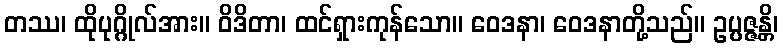
တဿ၊ ထိုပုဂ္ဂိုလ်အား။ ဝိဒိတာ၊ ထင်ရှားကုန်သော။ ဝေဒနာ၊ ဝေဒနာတို့သည်။ ဥပ္ပဇ္ဇန္တိ၊